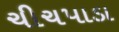
ચીચપાડા